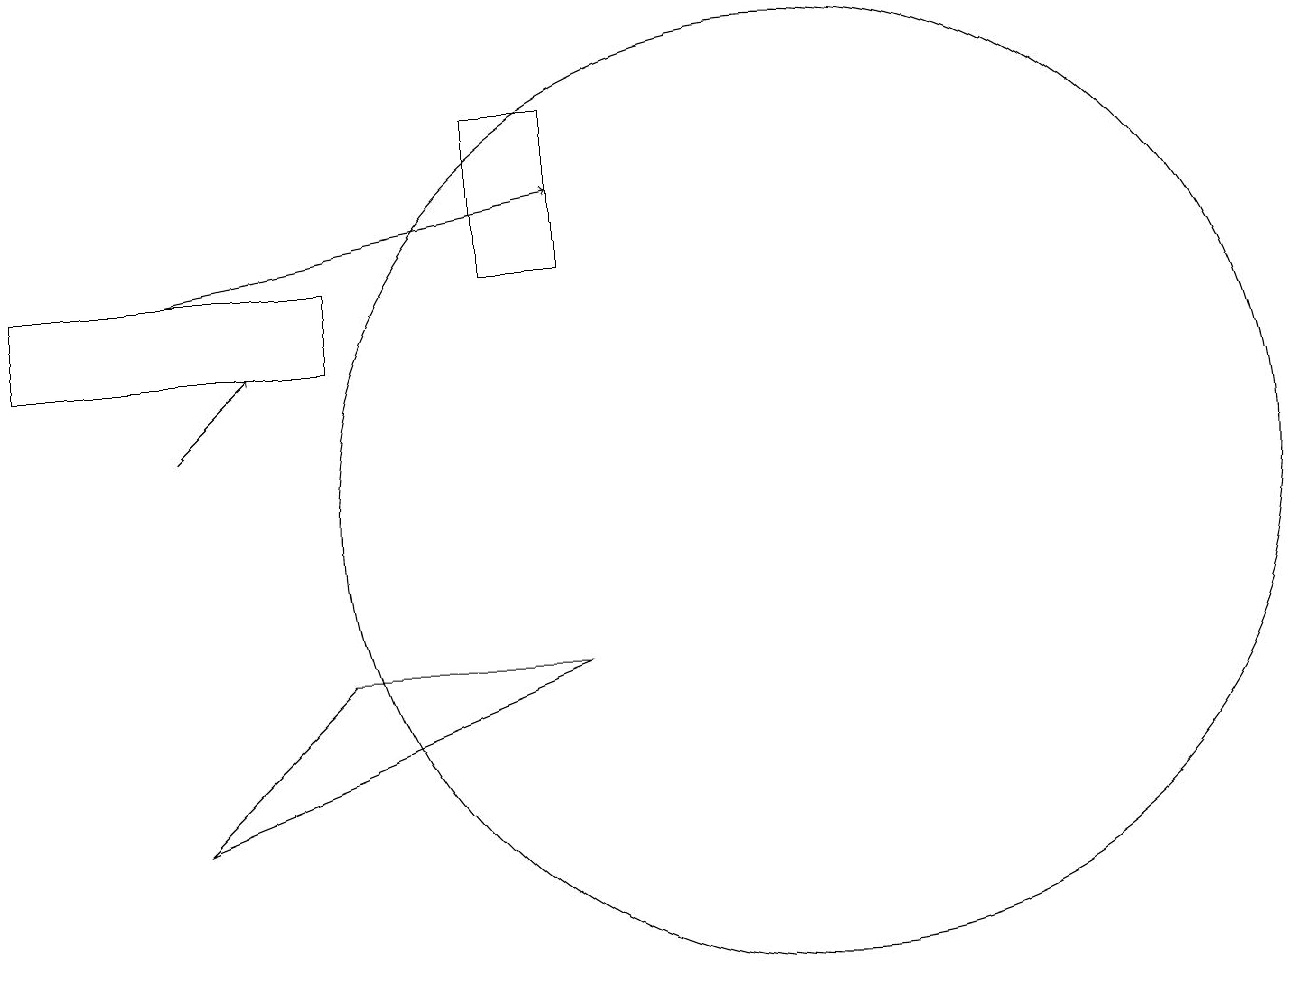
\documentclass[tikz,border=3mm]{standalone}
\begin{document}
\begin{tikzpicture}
\draw[->] (3,13) -- (8,14);
\draw (11,10) circle (6);
\draw (7,15) rectangle (8,13);
\draw (3,6) -- (8,8) -- (5,8) -- cycle;
\draw (5,12) rectangle (1,13);
\draw[->] (3,11) -- (4,12);
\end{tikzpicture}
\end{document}